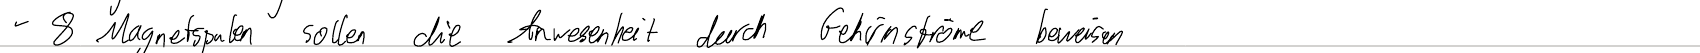
- 8. Magnetspulen sollen die Anwesenheit durch Gehirnströme beweisen